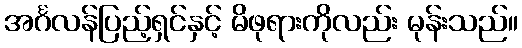
အင်္ဂလန်ပြည့်ရှင်နှင့် မိဖုရားကိုလည်း မုန်းသည်။